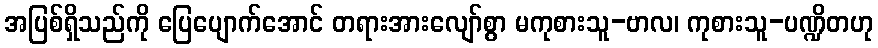
အပြစ်ရှိသည်ကို ပြေပျောက်အောင် တရားအားလျော်စွာ မကုစားသူ-ဗာလ၊ ကုစားသူ-ပဏ္ဍိတဟု